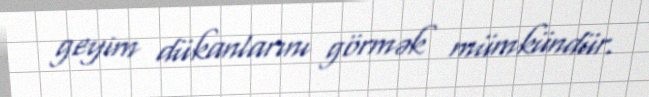
geyim dükanlarını görmək mümkündür.